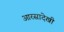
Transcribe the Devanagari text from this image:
आरसादेखी